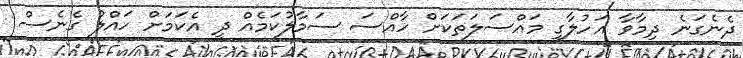
ދެނެގަނެ ދިމާވާ އަހުލާގީ މައްސަލަތަކަށް ހާއްސަ ސަމާލުކަމެއް ދީ އެކަމަށް ހައްލު ގެނެސް